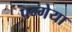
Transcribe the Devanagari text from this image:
पन्गेया